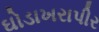
ઘોડાખરાપીર